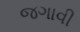
જગાવી